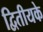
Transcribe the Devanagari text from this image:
द्वितीयके